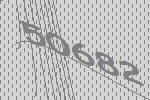
50682